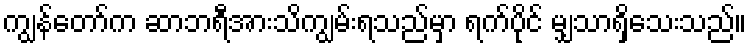
ကျွန်တော်က ဆာဘရီအားသိကျွမ်းရသည်မှာ ရက်ပိုင် မျှသာရှိသေးသည်။